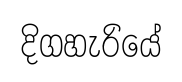
දිගහැරියේ